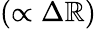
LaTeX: (\propto\Delta\mathbb{R})